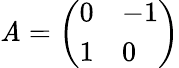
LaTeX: \mathit{A}={\left(\begin{array}{ll}{0}&{-1}\\ {1}&{0}\end{array}\right)}